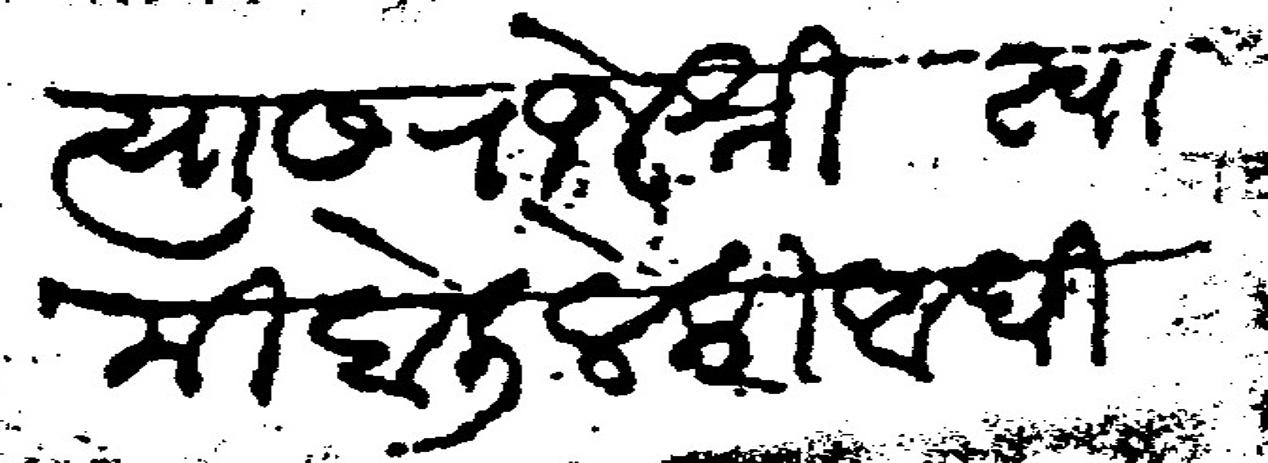
Transliteration (Devanagari): त्यास राजेश्री स्वामी बोलिले की आधी